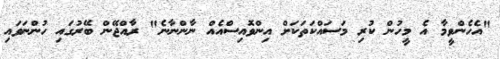
"އެހެންވީމާ އެ މީހުން ކުރި މަސައްކަތަކަށް އިންވޮއިސްއެއް ނާންނާނެ" ރާއްޖޭން ބޭރުގައި ހުންނަވައި